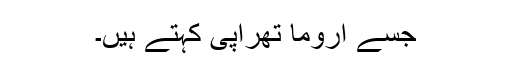
جسے اروما تھراپی کہتے ہیں۔